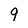
Character: 9